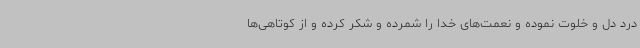
درد دل و خلوت نموده و نعمت‌های خدا را شمرده و شکر کرده و از کوتاهی‌ها